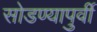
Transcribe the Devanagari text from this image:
सोडण्यापुर्वी